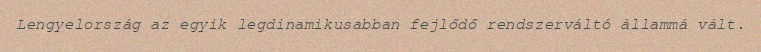
Lengyelország az egyik legdinamikusabban fejlődő rendszerváltó állammá vált.